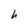
Character: h